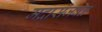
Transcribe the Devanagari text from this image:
मद्रासजवळ